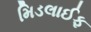
મિડલાઈફ